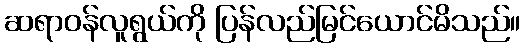
ဆရာဝန်လူရွယ်ကို ပြန်လည်မြင်ယောင်မိသည်။